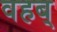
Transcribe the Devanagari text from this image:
वहब्